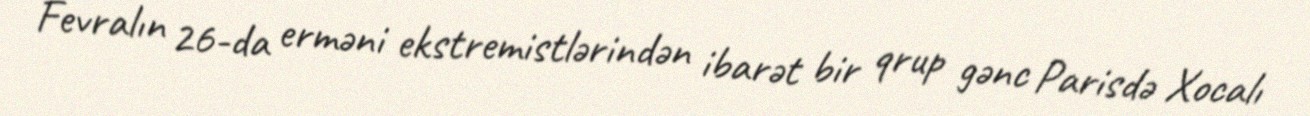
Fevralın 26-da erməni ekstremistlərindən ibarət bir qrup gənc Parisdə Xocalı